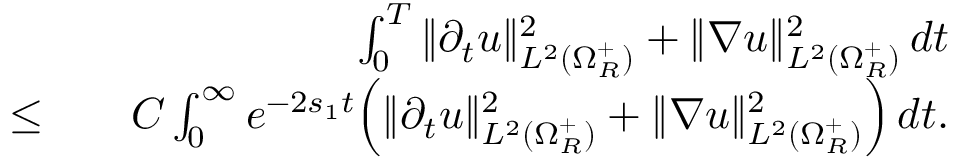
\begin{array} { r l r } & { } & { \int _ { 0 } ^ { T } \| \partial _ { t } u \| _ { L ^ { 2 } ( \Omega _ { R } ^ { + } ) } ^ { 2 } + \| \nabla u \| _ { L ^ { 2 } ( \Omega _ { R } ^ { + } ) } ^ { 2 } \, d t } \\ { \leq } & { } & { C \int _ { 0 } ^ { \infty } e ^ { - 2 s _ { 1 } t } \Big ( \| \partial _ { t } u \| _ { L ^ { 2 } ( \Omega _ { R } ^ { + } ) } ^ { 2 } + \| \nabla u \| _ { L ^ { 2 } ( \Omega _ { R } ^ { + } ) } ^ { 2 } \Big ) \, d t . } \end{array}